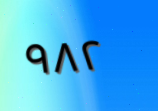
٩٨٢